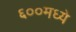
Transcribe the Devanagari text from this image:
६००मध्ये